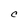
Character: c